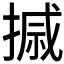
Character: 𪮗